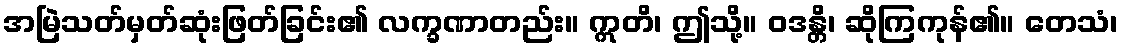
အမြဲသတ်မှတ်ဆုံးဖြတ်ခြင်း၏ လက္ခဏာတည်း။ ဣတိ၊ ဤသို့။ ဝဒန္တိ၊ ဆိုကြကုန်၏။ တေသံ၊